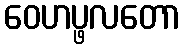
ဝေဟပ္ဖလတော